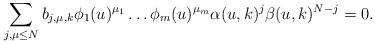
LaTeX: \begin{align*}\sum _{j,\mu \leq N} b_{j,\mu , k}\phi _1( u) ^{\mu _1}\ldots \phi _m( u)^{\mu _m} \alpha ( u, k)^j\beta ( u, k)^{N-j}=0.\end{align*}